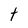
Character: t